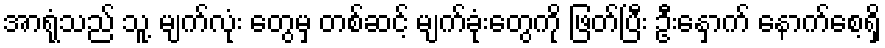
အာရုံသည် သူ့ မျက်လုံး တွေမှ တစ်ဆင့် မျက်ခုံးတွေကို ဖြတ်ပြီး ဦးနှောက် နောက်စေ့ရှိ